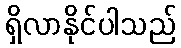
ရှိလာနိုင်ပါသည်